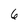
Character: 6